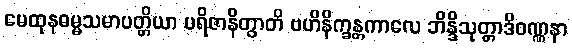
မေထုနဓမ္မသမာပတ္တိယာ ပရိဇာနိတွာတိ ဗဟိနိက္ခန္တကာလေ ဘိန္ဒိသုတ္တာဒိဝဏ္ဏနာ